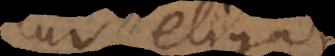
ur eligat,